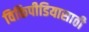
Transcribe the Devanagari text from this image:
विकिपीडियासाठी